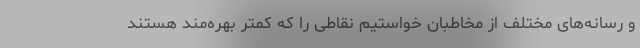
و رسانه‌های مختلف از مخاطبان خواستیم نقاطی را که کمتر بهره‌مند هستند